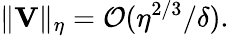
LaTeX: \| \mathbf V\| _{\eta}={\cal O}(\eta^{2/3}/\delta).